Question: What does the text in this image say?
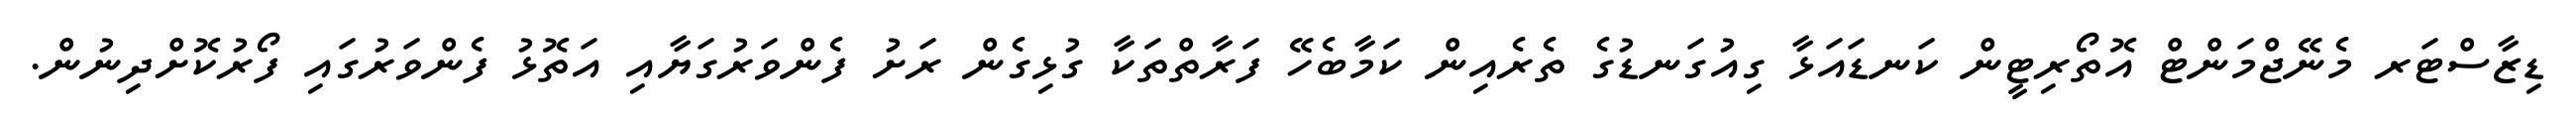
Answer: ޑިޒާސްޓަރ މެނޭޖްމަންޓް އޮތޯރިޓީން ކަނޑައަޅާ ގިއުގަނޑުގެ ތެރެއިން ކަމާބެހޭ ފަރާތްތަކާ ގުޅިގެން ރަށު ފެންވަރުގަޔާއި އަތޮޅު ފެންވަރުގައި ފޯރުކޮށްދިނުން.